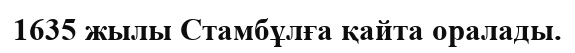
1635 жылы Стамбұлға қайта оралады.